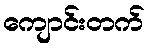
ကျောင်းတက်